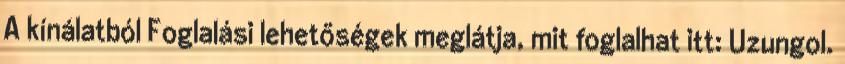
A kínálatból Foglalási lehetőségek meglátja, mit foglalhat itt: Uzungol.